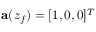
\mathbf { a } ( z _ { f } ) = \lbrack 1 , 0 , 0 \rbrack ^ { T }